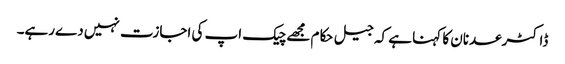
ڈاکٹرعدنان کا کہنا ہے کہ جیل حکام مجھےچیک اپ کی اجازت نہیں دےرہے۔